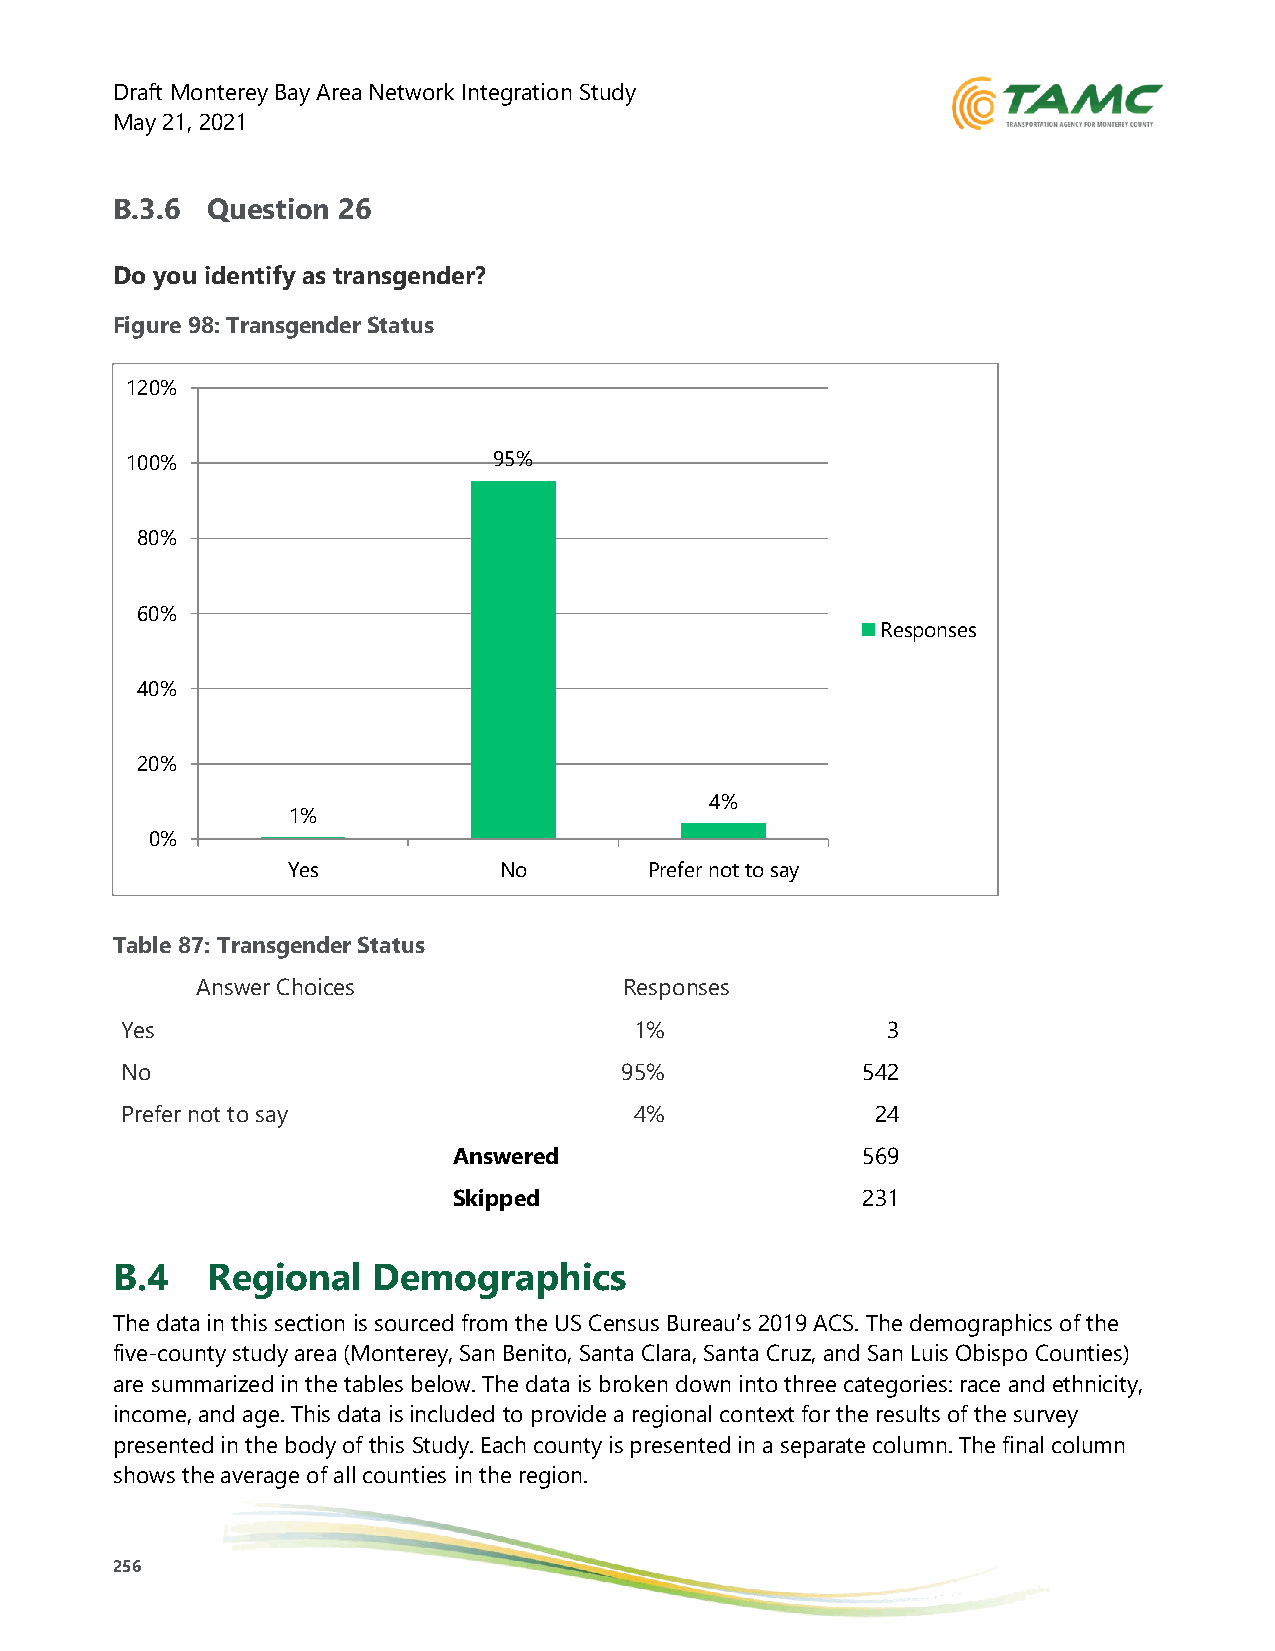
Draft Monterey Bay Area Network Integration Study
 May 21, 2021
 B.3.6  Question 26
 Do you identify as transgender?
 Figure 98: Transgender Status
 120%
 100%                     95%
 80%
 60%
 Responses
 40%
 20%
 4%
 1%
 0%
 Yes           No        Prefer not to say
 Table 87: Transgender Status
 Answer Choices              Responses
 Yes                               1%               3
 No                               95%             542
 Prefer not to say                 4%              24
 Answered                   569
 Skipped                    231
 B.4    Regional   Demographics
 The data in this section is sourced from the US Census Bureau’s 2019 ACS. The demographics of the
 five-county study area (Monterey, San Benito, Santa Clara, Santa Cruz, and San Luis Obispo Counties)
 are summarized in the tables below. The data is broken down into three categories: race and ethnicity,
 income, and age. This data is included to provide a regional context for the results of the survey
 presented in the body of this Study. Each county is presented in a separate column. The final column
 shows the average of all counties in the region.
 256